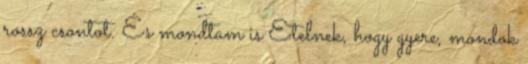
rossz csontot. És mondtam is Etelnek, hogy gyere, mondok